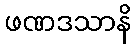
ဖဏဒသာနိ